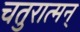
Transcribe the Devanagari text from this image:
चतुरात्मन्